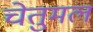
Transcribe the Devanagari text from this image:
चेतुमल